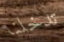
تدخلنا